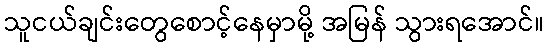
သူငယ်ချင်းတွေစောင့်နေမှာမို့ အမြန် သွားရအောင်။